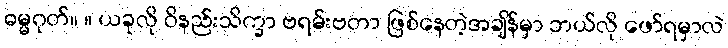
ဓမ္မဂုတ်။ ။ ယခုလို ဝိနည်းသိက္ခာ ဗရမ်းဗတာ ဖြစ်နေတဲ့အချိန်မှာ ဘယ်လို ဖော်ရမှာလဲ